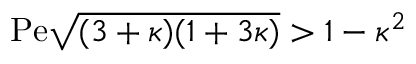
\mathrm { P e } \sqrt { ( 3 + \kappa ) ( 1 + 3 \kappa ) } > 1 - \kappa ^ { 2 }